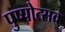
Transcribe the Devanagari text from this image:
पुष्पोत्सव